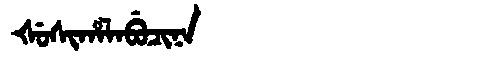
Manchu: ᡧᡠᠰᡳᡥᠠᠯᠠᠪᡠᠴᡳᠨᠠ
Romanization: ŠUSIHALABUCINA